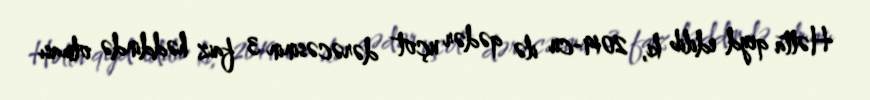
Hətta qeyd edilib ki, 2019-cu ilə qədər uçot dərəcəsinin 3 faiz həddində olması